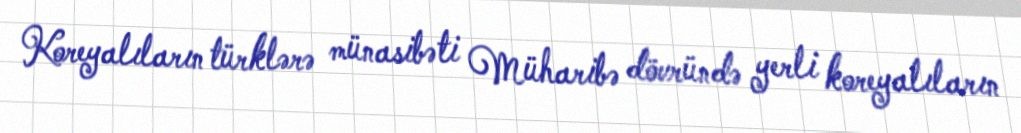
Koreyalıların türklərə münasibəti Müharibə dövründə yerli koreyalıların